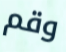
وقم